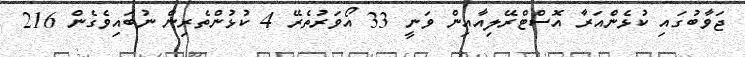
ޖަވާބުގައި ކުޅެންއަރާ އޮސްޓްރޭލިއާއިން ވަނީ 33 އޯވަރުތެރޭ 4 ކުޅުންތެރިން ނުބައިވެގެން 216